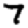
Digit: 7